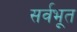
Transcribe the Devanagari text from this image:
सर्वभूत